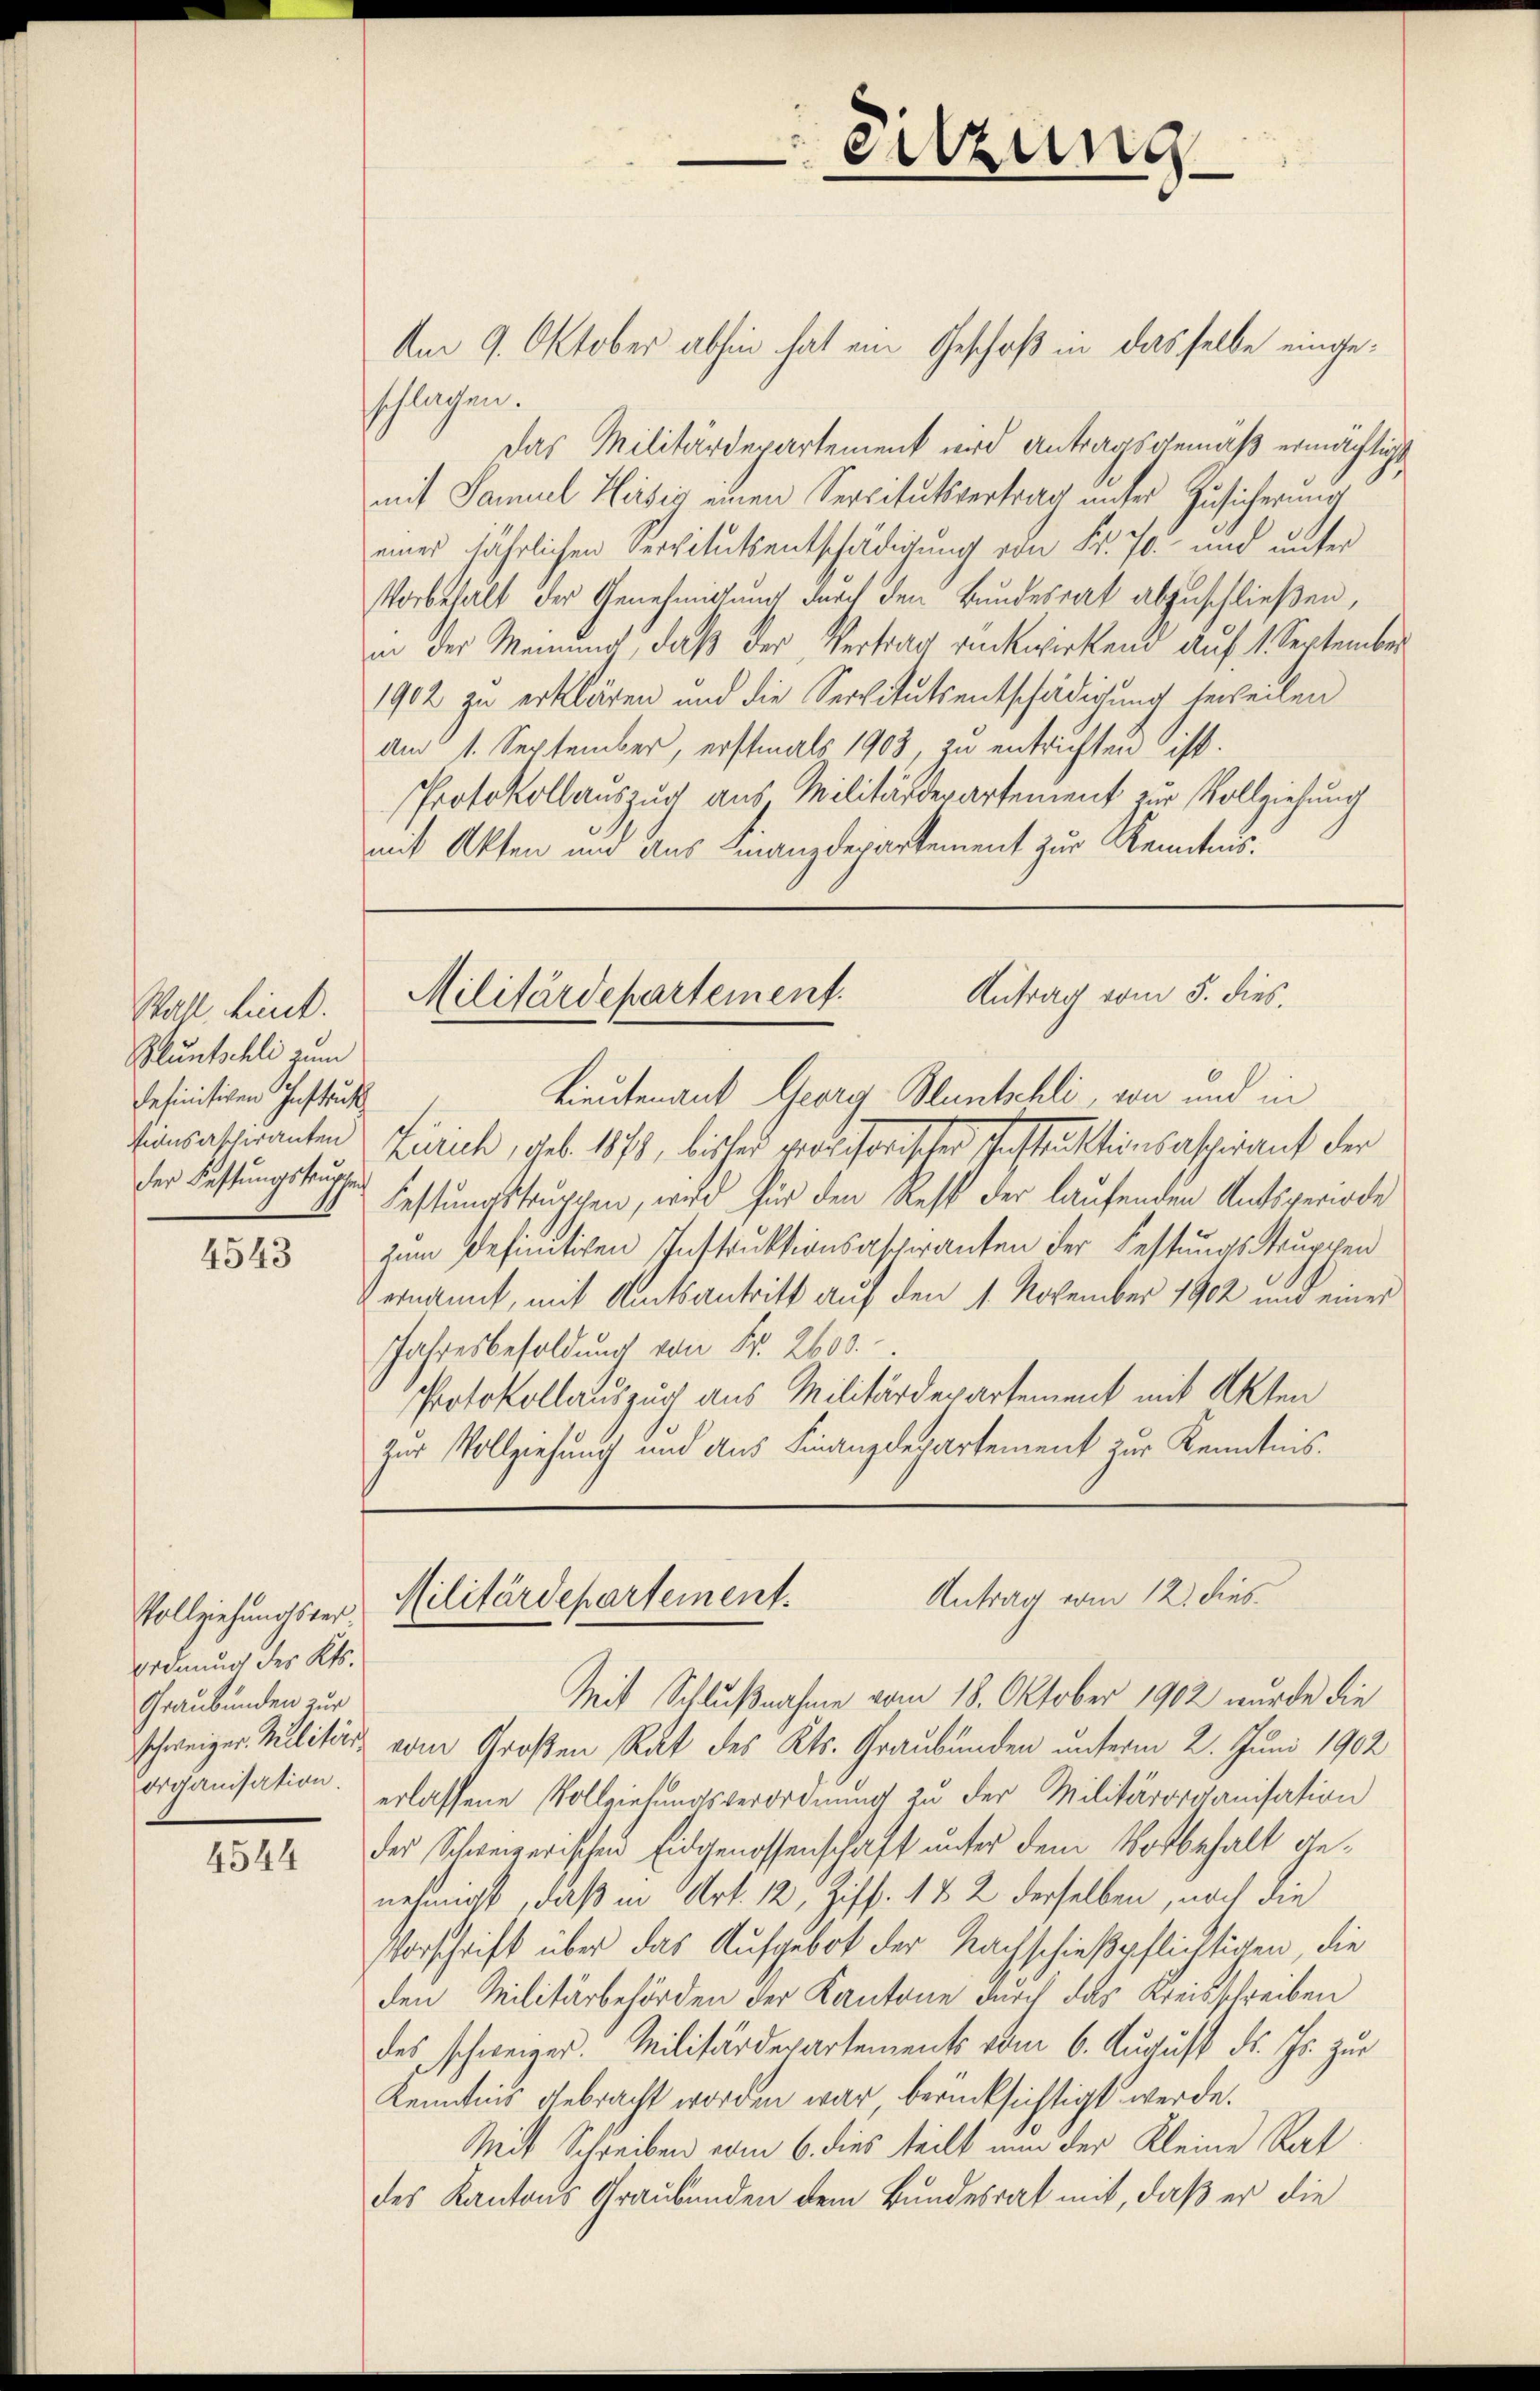
sitzung

Am 9. Oktober abhin hat ein Geschoß in dasselbe eingeschlagen.
Das Militärdepartement wird Antragsgemäß ermächtigt
mit Samuel Heisig einen Servitutsvertrag unter Zusicherung
eines jährlichen Servitutsentschädigung von Fr. 70. und unter
Vorbehalt der Genehmigung durch den Bundesrat abzuschließen,
in der Meinung, daß der Vertrag rückwirkend auf 1. September
1902 zu erklären und die Servitutsentschädigung verheilen
Am 1. September, erstmals 1903, zu entrichten ist.
Protokollauszug aus Militärdepartement zur Vollziehung
mit Akten und aus Finanzdepartement zur Kenntnis.

Antrag vom 5. dies
Militärdepartement.

Wahl hint
Bluntschli zum
definitiven Instruk
der Festungskrupfen

Lieutenant Georg Bluntschli, von und in
inrastianten Zürich, geb. 1873, bister provisorischer Instruktionsaspirant der
Festungstruppen, wird für den Rest der laufenden Amtsperiode
zum Definitiven Instruktionsaspiranten der Festungs-Truppen
Vernannt, mit Amtsantritt auf den 1. November 1902 und einer
Jahresbesoldung von Fr. 2600.
Protokollauszug aus Militärdepartement mit Akten
zur Vollziehung und aus Finanzdepartement zur Kenntnis.

4543

Antrag vom 12. dies
Militärdepartement.

Vollziehungsterordnung des Kts.
Graubünden zur

Mit Schlußnahme vom 18. Oktober 1902 wurde die
schweizer Militärs vom Großen Rat des Kts. Graubünden unterm 2. Juni 1902
organisation. erlassene Vollziehungsverordnung zu der Militärorganisation
der Schweizerischen Eidgenossenschaft unter dem Vorbehalt genehmigt, daß in Art. 12, Ziff. 1 & 2 derselben, noch die
Vorschrift über das Aufgebot der Nachschießpflichtigen, die
den Militärbehörden der Kantone durch das Kreisschreiben
des schweizer. Militärdepartements vom 6. August d. Js. zur
Kenntnis gebracht worden war, berücksichtigt werde.
Mit Schreiben vom 6. dies teilt nun der Kleine Rat
des Kantons Graubünden dem Bundesrat mit, daß er die

4544